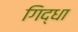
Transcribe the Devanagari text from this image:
गिद्धा